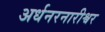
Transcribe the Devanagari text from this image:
अर्धनरनारीश्वर